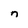
Character: n